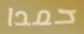
حمدا